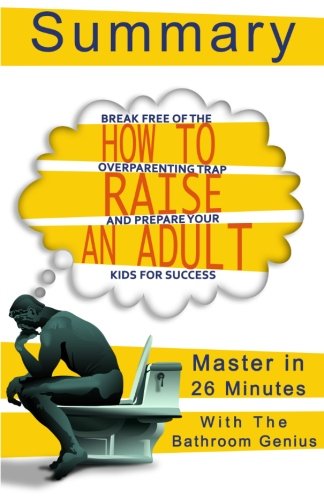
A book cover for A 26-Minute summary Of How to Raise an Adult: Break Free of the Overparenting Trap and Prepare Your Kid for Success; Bern Bolo; Parenting & Relationships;